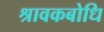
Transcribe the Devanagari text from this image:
श्रावकबोधि